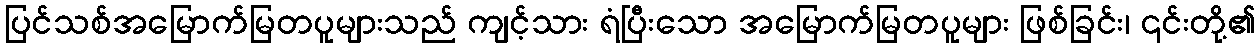
ပြင်သစ်အမြောက်မြတပူများသည် ကျင့်သား ရံပြီးသော အမြောက်မြတပူများ ဖြစ်ခြင်း၊ ၎င်းတို့၏